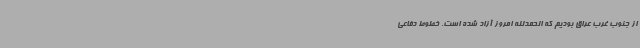
از جنوب غرب عراق بودیم که الحمدلله امروز آزاد شده است. خطوط دفاعی